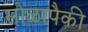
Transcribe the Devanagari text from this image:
सोळापैकी